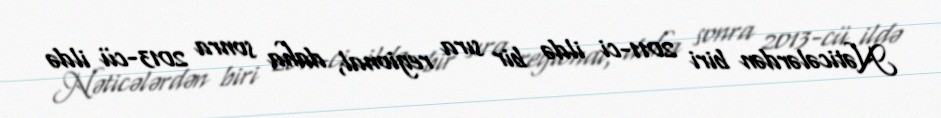
Nəticələrdən biri 2011-ci ildə bir sıra regional, daha sonra 2013-cü ildə